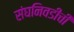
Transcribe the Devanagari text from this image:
संघनिवडीची